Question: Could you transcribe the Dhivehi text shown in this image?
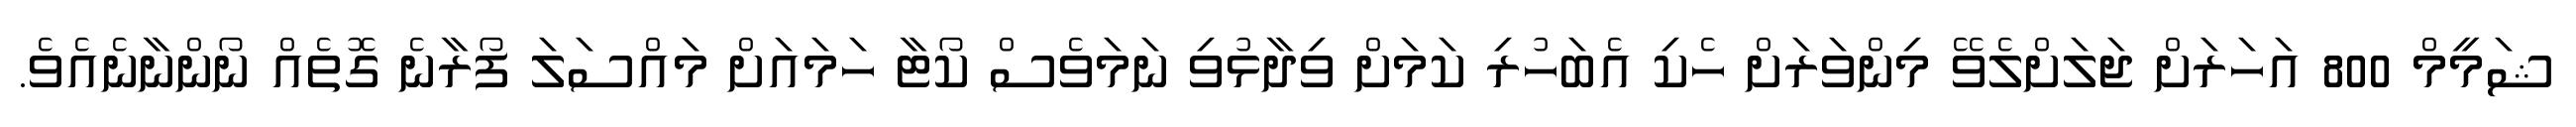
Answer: ޝަމީމް 800 އަހަރަށް ޖަލަށްލެވޭ މިންވަރަށް ހެކި އެބަހުރި ކަމަށް ވިދާޅުވި ނަމަވެސް ކޯޓާ ހަމައަށް މައްސަލަ ފޯރާނެ ގޮތެއް ނޯންނާނެއެވެ.